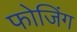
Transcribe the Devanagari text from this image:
फोजिंग